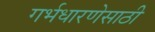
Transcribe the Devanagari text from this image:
गर्भधारणेसाठी